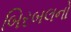
બિરબલનો